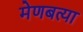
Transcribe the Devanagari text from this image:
मेणबत्या